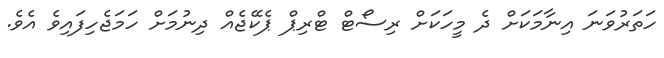
ހަތަރުވަނަ އިނާމަކަށް ދެ މީހަކަށް ރިސޯޓް ޓްރިޕް ޕެކޭޖެއް ދިނުމަށް ހަމަޖެހިފައިވެ އެވެ.